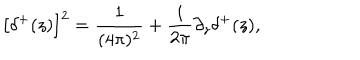
\left[ \delta ^ { + } ( z ) \right] ^ { 2 } = \frac { 1 } { ( 4 \pi ) ^ { 2 } } + \frac { i } { 2 \pi } \partial _ { z } \delta ^ { + } ( z ) ,